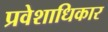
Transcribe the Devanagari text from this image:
प्रवेशाधिकार